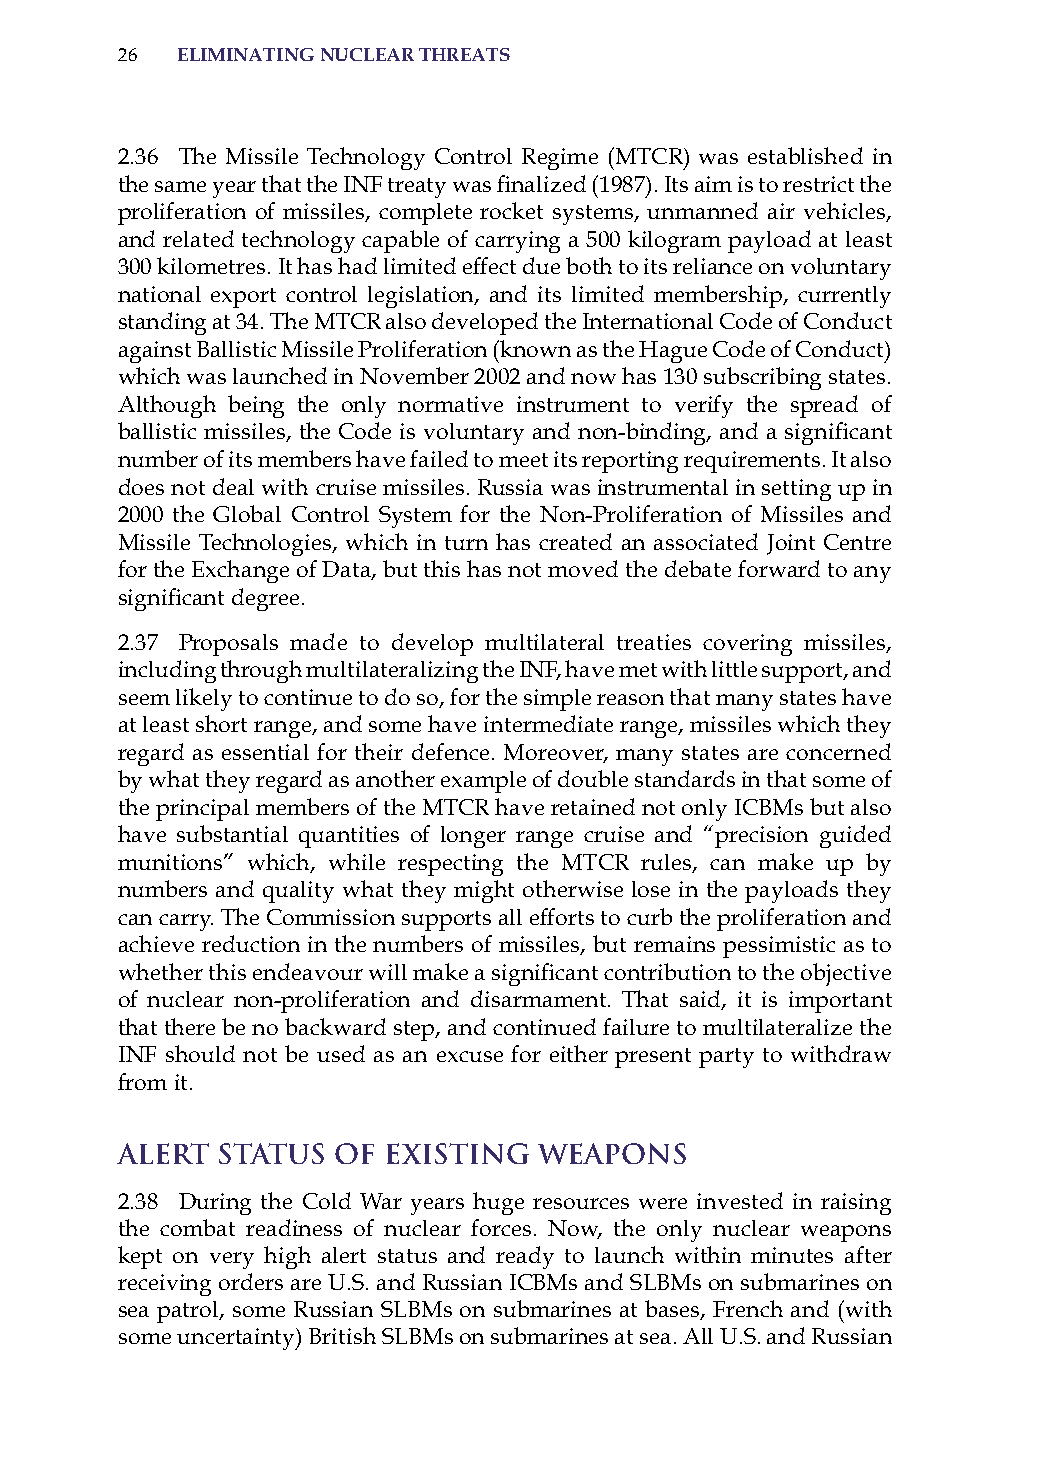
26  eliminatinG nuclear threats
 2.36 The Missile Technology Control regime (MTCr) was established in
 the same year that the INF treaty was finalized (1987). Its aim is to restrict the
 proliferation of missiles, complete rocket systems, unmanned air vehicles,
 and related technology capable of carrying a 500 kilogram payload at least
 300 kilometres. it has had limited effect due both to its reliance on voluntary
 national export control legislation, and its limited membership, currently
 standing at 34. The MTCr also developed the international Code of Conduct
 against Ballistic Missile Proliferation (known as the hague Code of Conduct)
 which was launched in November 2002 and now has 130 subscribing states.
 although being the only normative instrument to verify the spread of
 ballistic missiles, the Code is voluntary and non-binding, and a significant
 number of its members have failed to meet its reporting requirements. it also
 does not deal with cruise missiles. russia was instrumental in setting up in
 2000 the Global Control system for the Non-Proliferation of Missiles and
 Missile Technologies, which in turn has created an associated Joint Centre
 for the Exchange of Data, but this has not moved the debate forward to any
 significant degree.
 2.37 Proposals made to develop multilateral treaties covering missiles,
 including through multilateralizing the iNF, have met with little support, and
 seem likely to continue to do so, for the simple reason that many states have
 at least short range, and some have intermediate range, missiles which they
 regard as essential for their defence. Moreover, many states are concerned
 by what they regard as another example of double standards in that some of
 the principal members of the MTCr have retained not only iCBMs but also
 have substantial quantities of longer range cruise and “precision guided
 munitions” which, while respecting the MTCr rules, can make up by
 numbers and quality what they might otherwise lose in the payloads they
 can carry. The Commission supports all efforts to curb the proliferation and
 achieve reduction in the numbers of missiles, but remains pessimistic as to
 whether this endeavour will make a significant contribution to the objective
 of nuclear non-proliferation and disarmament. That said, it is important
 that there be no backward step, and continued failure to multilateralize the
 iNF should not be used as an excuse for either present party to withdraw
 from it.
 Alert Status  of Existing   Weapons
 2.38 During the Cold War years huge resources were invested in raising
 the combat readiness of nuclear forces. Now, the only nuclear weapons
 kept on very high alert status and ready to launch within minutes after
 receiving orders are U.s. and russian iCBMs and sLBMs on submarines on
 sea patrol, some russian sLBMs on submarines at bases, French and (with
 some uncertainty) British sLBMs on submarines at sea. all U.s. and russian